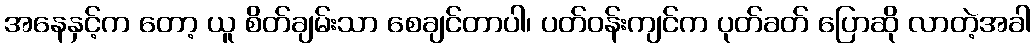
အနေနှင့်က တော့ ယူ စိတ်ချမ်းသာ စေချင်တာပါ၊ ပတ်ဝန်းကျင်က ပုတ်ခတ် ပြောဆို လာတဲ့အခါ